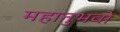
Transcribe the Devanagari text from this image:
महानुभवों